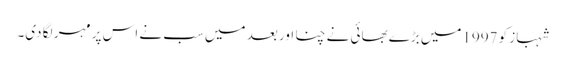
شہباز کو 1997میں بڑے بھائی نے چنا اور بعد میں سب نے اس پر مہر لگا دی۔